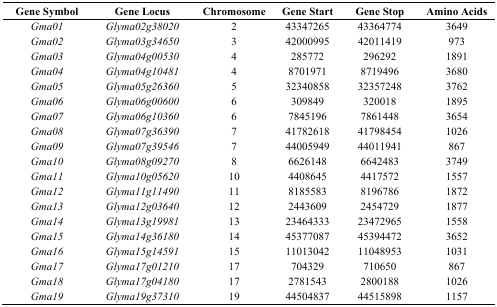
| Gene Symbol | Gene Locus | Chromosome | Gene Start | Gene Stop | Amino Acids |
 | --- | --- | --- | --- | --- | --- |
 | Gma01 | Glyma02g38020 | 2 | 43347265 | 43364774 | 3649 |
 | Gma02 | Glyma03g34650 | 3 | 42000995 | 42011419 | 973 |
 | Gma03 | Glyma04g00530 | 4 | 285772 | 296292 | 1891 |
 | Gma04 | Glyma04g10481 | 4 | 8701971 | 8719496 | 3680 |
 | Gma05 | Glyma05g26360 | 5 | 32340858 | 32357248 | 3762 |
 | Gma06 | Glyma06g00600 | 6 | 309849 | 320018 | 1895 |
 | Gma07 | Glyma06g10360 | 6 | 7845196 | 7861448 | 3654 |
 | Gma08 | Glyma07g36390 | 7 | 41782618 | 41798454 | 1026 |
 | Gma09 | Glyma07g39546 | 7 | 44005949 | 44011941 | 867 |
 | Gma10 | Glyma08g09270 | 8 | 6626148 | 6642483 | 3749 |
 | Gma11 | Glyma10g05620 | 10 | 4408645 | 4417572 | 1557 |
 | Gma12 | Glyma11g11490 | 11 | 8185583 | 8196786 | 1872 |
 | Gma13 | Glyma12g03640 | 12 | 2443609 | 2454729 | 1877 |
 | Gma14 | Glyma13g19981 | 13 | 23464333 | 23472965 | 1558 |
 | Gma15 | Glyma14g36180 | 14 | 45377087 | 45394472 | 3652 |
 | Gma16 | Glyma15g14591 | 15 | 11013042 | 11048953 | 1031 |
 | Gma17 | Glyma17g01210 | 17 | 704329 | 710650 | 867 |
 | Gma18 | Glyma17g04180 | 17 | 2781543 | 2800188 | 1026 |
 | Gma19 | Glyma19g37310 | 19 | 44504837 | 44515898 | 1157 |